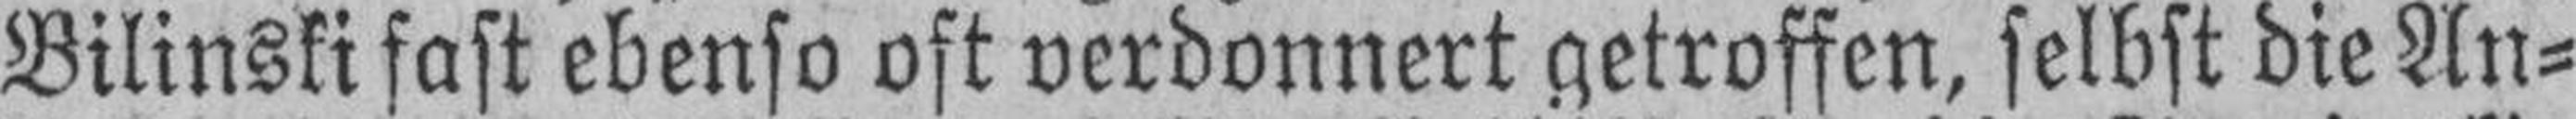
Bilinski fast ebenso oft verdonnert getroffen, selbst die An¬